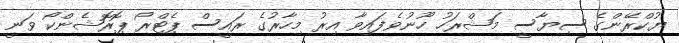
ޔުކްރޭންގެ ސިޔާސީ މަޝްރަހު ހޫނުވެފައިވާ އިރު މިހާރުގެ ރައީސް ޕެޓްރޯ ޕޮރޮޝެންކޯ ވަނީ